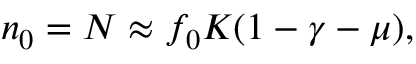
n _ { 0 } = N \approx f _ { 0 } K ( 1 - \gamma - \mu ) ,